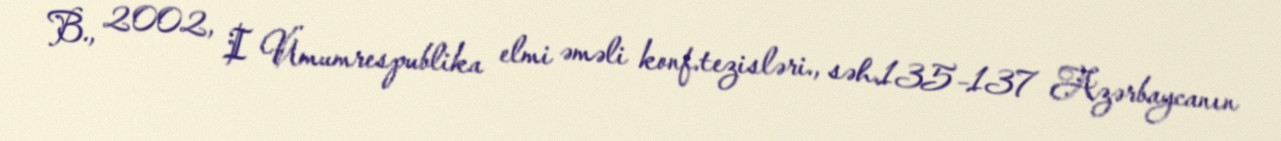
B., 2002, I Ümumrespublika elmi əməli konf.tezisləri., səh.135–137 Azərbaycanın